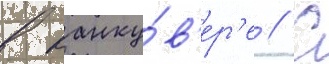
в ванку́в'ер'е // С